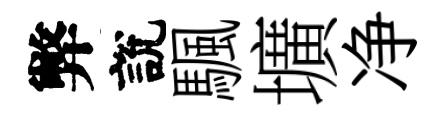
弊說颿壙净